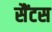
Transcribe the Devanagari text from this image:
सैंटस